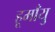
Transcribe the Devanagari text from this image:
हूमाँयु